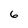
Character: 6